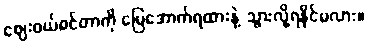
ဈေးဝယ်စင်တာကို မြေအောက်ရထားနဲ့ သွားလို့ရနိုင်မလား။